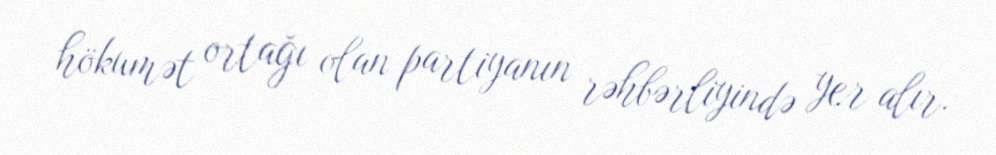
hökumət ortağı olan partiyanın rəhbərliyində yer alır.